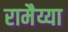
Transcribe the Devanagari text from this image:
रामैय्या